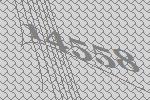
14558